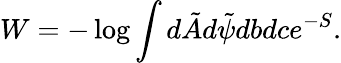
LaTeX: W=-\log\int d\tilde{A}d\tilde{\psi}dbdce^{-S}.